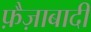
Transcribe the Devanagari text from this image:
फ़ैज़ाबादी